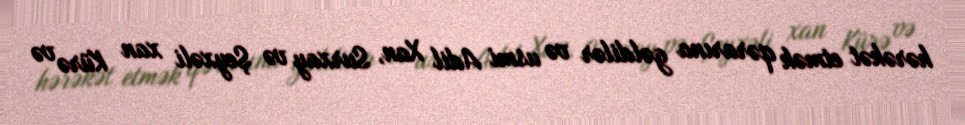
hərəkət etmək qərarına gəldilər və usmi Adil Xan, Surxay və Şeyxəli xan Kürə və